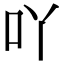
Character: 吖